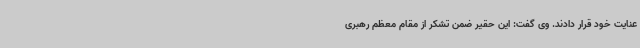
عنایت خود قرار دادند. وی گفت: این حقیر ضمن تشکر از مقام معظم رهبری